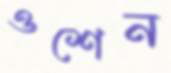
ওশেন